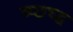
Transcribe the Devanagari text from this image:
व्प्छच्द्ध